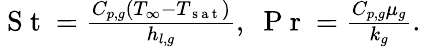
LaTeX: \begin{array}{r}{\mathrm{~S~t~}=\frac{C_{p,g}(T_{\infty}-T_{\mathrm{~s~a~t~}})}{h_{l,g}},\; \mathrm{~P~r~}=\frac{C_{p,g}\mu_{g}}{k_{g}}.}\end{array}